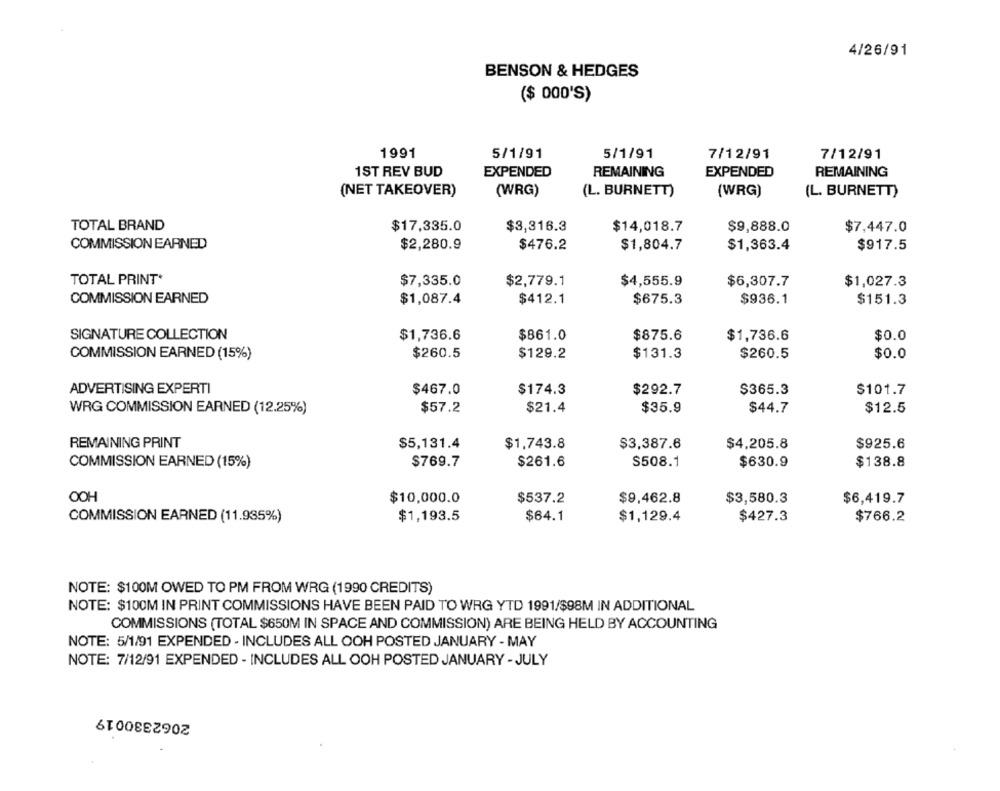
4/26/91
BENSON & HEDGES
($ 000'S)
1991
5/1/91
5/1/91
7/12/91
7/12/91
1ST REV BUD
EXPENDED
REMAINING
EXPENDED
REMAINING
(NET TAKEOVER)
(WRG)
(L. BURNETT)
(WRG)
(L. BURNETT)
TOTAL BRAND
$17,335.0
$3,316.3
$14,018.7
$9,888.0
$7,447.0
COMMISSION EARNED
$2,280.9
$476.2
$1,804.7
$1,363.4
$917.5
TOTAL PRINT*
$7,335.0
$2,779.1
$4,555.9
$6,307.7
$1,027.3
COMMISSION EARNED
$1,087.4
$412.1
$675.3
$936.1
$151.3
SIGNATURE COLLECTION
$1,736.6
$861.0
$875.6
$1,736.6
$0.0
COMMISSION EARNED (15%)
$260.5
$129.2
$131.3
$260.5
$0.0
ADVERTISING EXPERTI
$467.0
$174.3
$292.7
$365.3
$101.7
WRG COMMISSION EARNED (12.25%)
$57.2
$21.4
$35.9
$44.7
$12.5
REMAINING PRINT
$5,131.4
$1,743.8
$3,387.6
$4,205.8
$925.6
COMMISSION EARNED (15%)
$769.7
$261.6
$508.1
$630.9
$138.8
OOH
$10,000.0
$537.2
$9,462.8
$3,580.3
$6,419.7
COMMISSION EARNED (11.935%)
$1,193.5
$64.1
$1,129.4
$427.3
$766.2
NOTE: $100M OWED TO PM FROM WRG (1990 CREDITS)
NOTE: $100M IN PRINT COMMISSIONS HAVE BEEN PAID TO WRG YTD 1991/$98M IN ADDITIONAL
COMMISSIONS (TOTAL $650M IN SPACE AND COMMISSION) ARE BEING HELD BY ACCOUNTING
NOTE: 5/1/91 EXPENDED - INCLUDES ALL OOH POSTED JANUARY - MAY
NOTE: 7/12/91 EXPENDED - INCLUDES ALL OOH POSTED JANUARY - JULY
2062330019